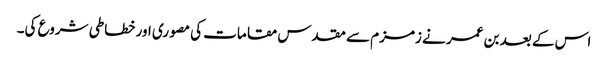
اس کے بعد بن عمر نے زمزم سے مقدس مقامات کی مصوری اور خطاطی شروع کی۔